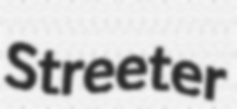
Streeter